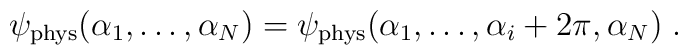
\psi_{\rm phys}(\alpha_1,\ldots,\alpha_N)=\psi_{\rm phys}(\alpha_1,\ldots,\alpha_i+2\pi,\alpha_N) \; .